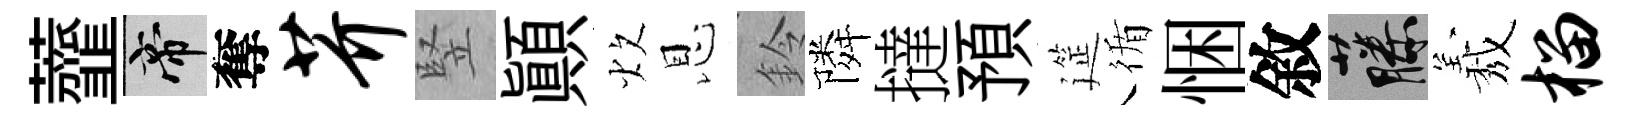
虀帝奪芥竪顚炊恩鈴隣撻預筵循悃敘藤𦏁榴